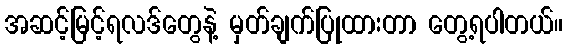
အဆင့်မြင့်ရလဒ်တွေနဲ့ မှတ်ချက်ပြုထားတာ တွေ့ရပါတယ်။